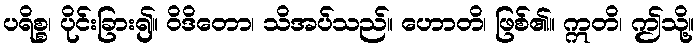
ပရိစ္စ၊ ပိုင်းခြား၍။ ဝိဒိတော၊ သိအပ်သည်။ ဟောတိ၊ ဖြစ်၏။ ဣတိ၊ ဤသို့။